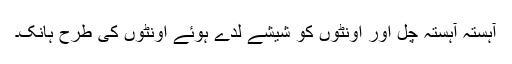
آہستہ آہستہ چل اور اونٹوں کو شیشے لدے ہوئے اونٹوں کی طرح ہانک۔